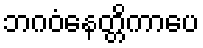
ဘဂဝံနေတ္တိကာပေ